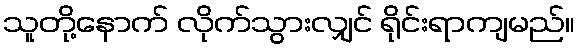
သူတို့နောက် လိုက်သွားလျှင် ရိုင်းရာကျမည်။